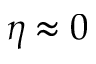
\eta \approx 0